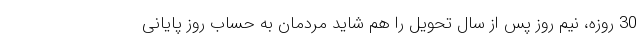
30 روزه، نیم روز پس از سال تحویل را هم شاید مردمان به حساب روز پایانی